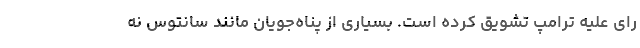
رای علیه ترامپ تشویق کرده است. بسیاری از پناه‌جویان مانند سانتوس نه